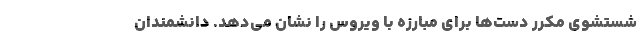
شستشوی مکرر دست‌ها برای مبارزه با ویروس را نشان می‌دهد. دانشمندان